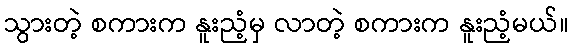
သွားတဲ့ စကားက နူးညံ့မှ လာတဲ့ စကားက နူးညံ့မယ်။